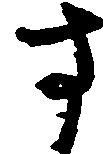
す